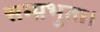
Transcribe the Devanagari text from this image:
सम्प्रभुता।